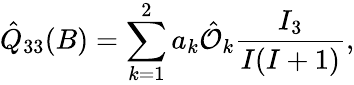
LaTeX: \hat{Q}_{33}(B)=\sum_{k=1}^{2}a_{k}\hat{\cal O}_{k}\frac{I_{3}}{I(I+1)},